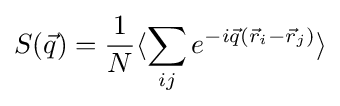
S({\vec {q}})={\frac {1}{N}}\langle \sum _{ij}e^{-i{\vec {q}}({\vec {r}}_{i}-{\vec {r}}_{j})}\rangle